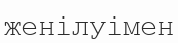
женілуімен